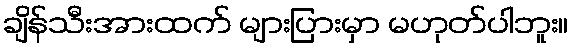
ချိန်သီးအားထက် များပြားမှာ မဟုတ်ပါဘူး။